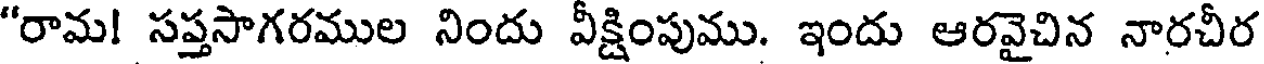
"రామ! సప్తసాగరముల నిందు వీక్షింపుము. ఇందు ఆరవైచిన నారచీర